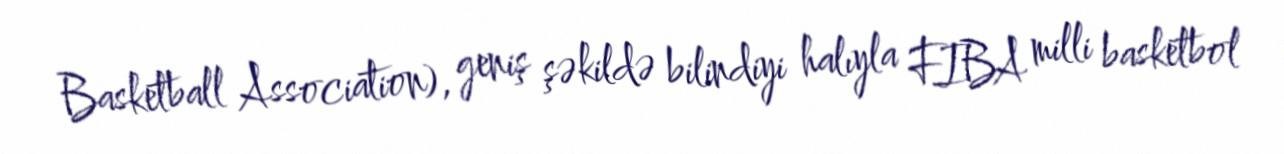
Basketball Association), geniş şəkildə bilindiyi halıyla FIBA milli basketbol